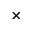
\times